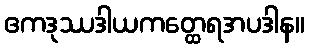
ဧကဒုဿဒါယကတ္ထေရအပဒါန။